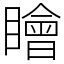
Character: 瞺